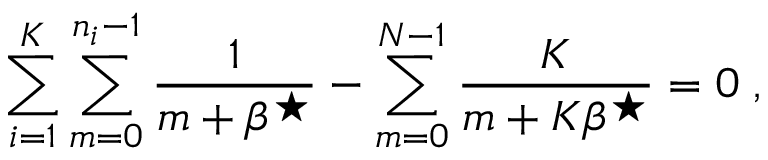
\sum _ { i = 1 } ^ { K } \sum _ { m = 0 } ^ { n _ { i } - 1 } \frac { 1 } { m + \beta ^ { \star } } - \sum _ { m = 0 } ^ { N - 1 } \frac { K } { m + K \beta ^ { \star } } = 0 \; ,